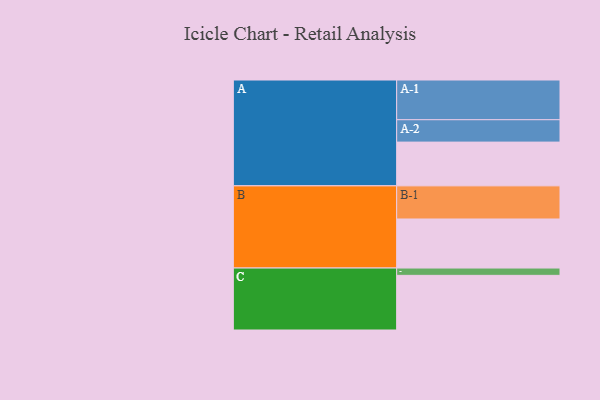
{"axis": {"x": "Segment", "y": "Value"}, "legend": ["", "A", "B", "C"], "data": [{"x": "A", "y": 305, "type": ""}, {"x": "B", "y": 342, "type": ""}, {"x": "C", "y": 381, "type": ""}, {"x": "A-1", "y": 277, "type": "A"}, {"x": "A-2", "y": 156, "type": "A"}, {"x": "B-1", "y": 231, "type": "B"}, {"x": "C-1", "y": 51, "type": "C"}]}